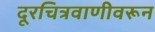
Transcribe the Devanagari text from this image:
दूरचित्रवाणीवरून